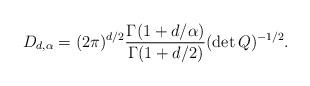
LaTeX: \begin{align*}D_{d, \alpha} = (2 \pi)^{d/2} \frac{\Gamma(1 + d/\alpha)}{\Gamma(1 + d/2)}(\det Q)^{-1/2}.\end{align*}